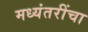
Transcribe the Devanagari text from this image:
मध्यंतरींचा